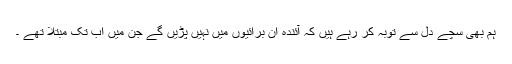
ہم بھی سچے دل سے توبہ کر رہے ہیں کہ آئندہ ان برائیوں میں نہیں پڑیں گے جن میں اب تک مبتلا تھے ۔